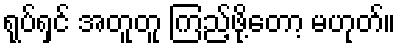
ရုပ်ရှင် အတူတူ ကြည့်ဖို့တော့ မဟုတ်။